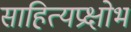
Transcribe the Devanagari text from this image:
साहित्यप्रक्षोभ